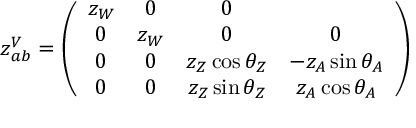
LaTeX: z _ { a b } ^ { V } = \left( \begin{array} { c c c c } { { z _ { W } } } & { { 0 } } & { { 0 } } \\ { { 0 } } & { { z _ { W } } } & { { 0 } } & { { 0 } } \\ { { 0 } } & { { 0 } } & { { z _ { Z } \cos \theta _ { Z } } } & { { - z _ { A } \sin \theta _ { A } } } \\ { { 0 } } & { { 0 } } & { { z _ { Z } \sin \theta _ { Z } } } & { { z _ { A } \cos \theta _ { A } } } \end{array} \right)